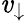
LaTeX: \mathit{v}_{\downarrow}